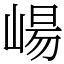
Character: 崵